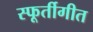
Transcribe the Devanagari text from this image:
स्फूर्तीगीत